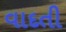
વાદતી